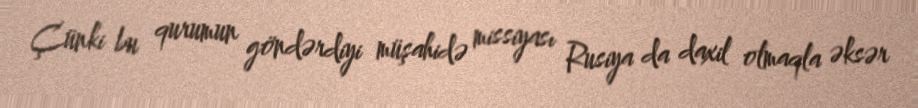
Çünki bu qurumun göndərdiyi müşahidə missiyası Rusiya da daxil olmaqla əksər